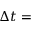
\Delta t =